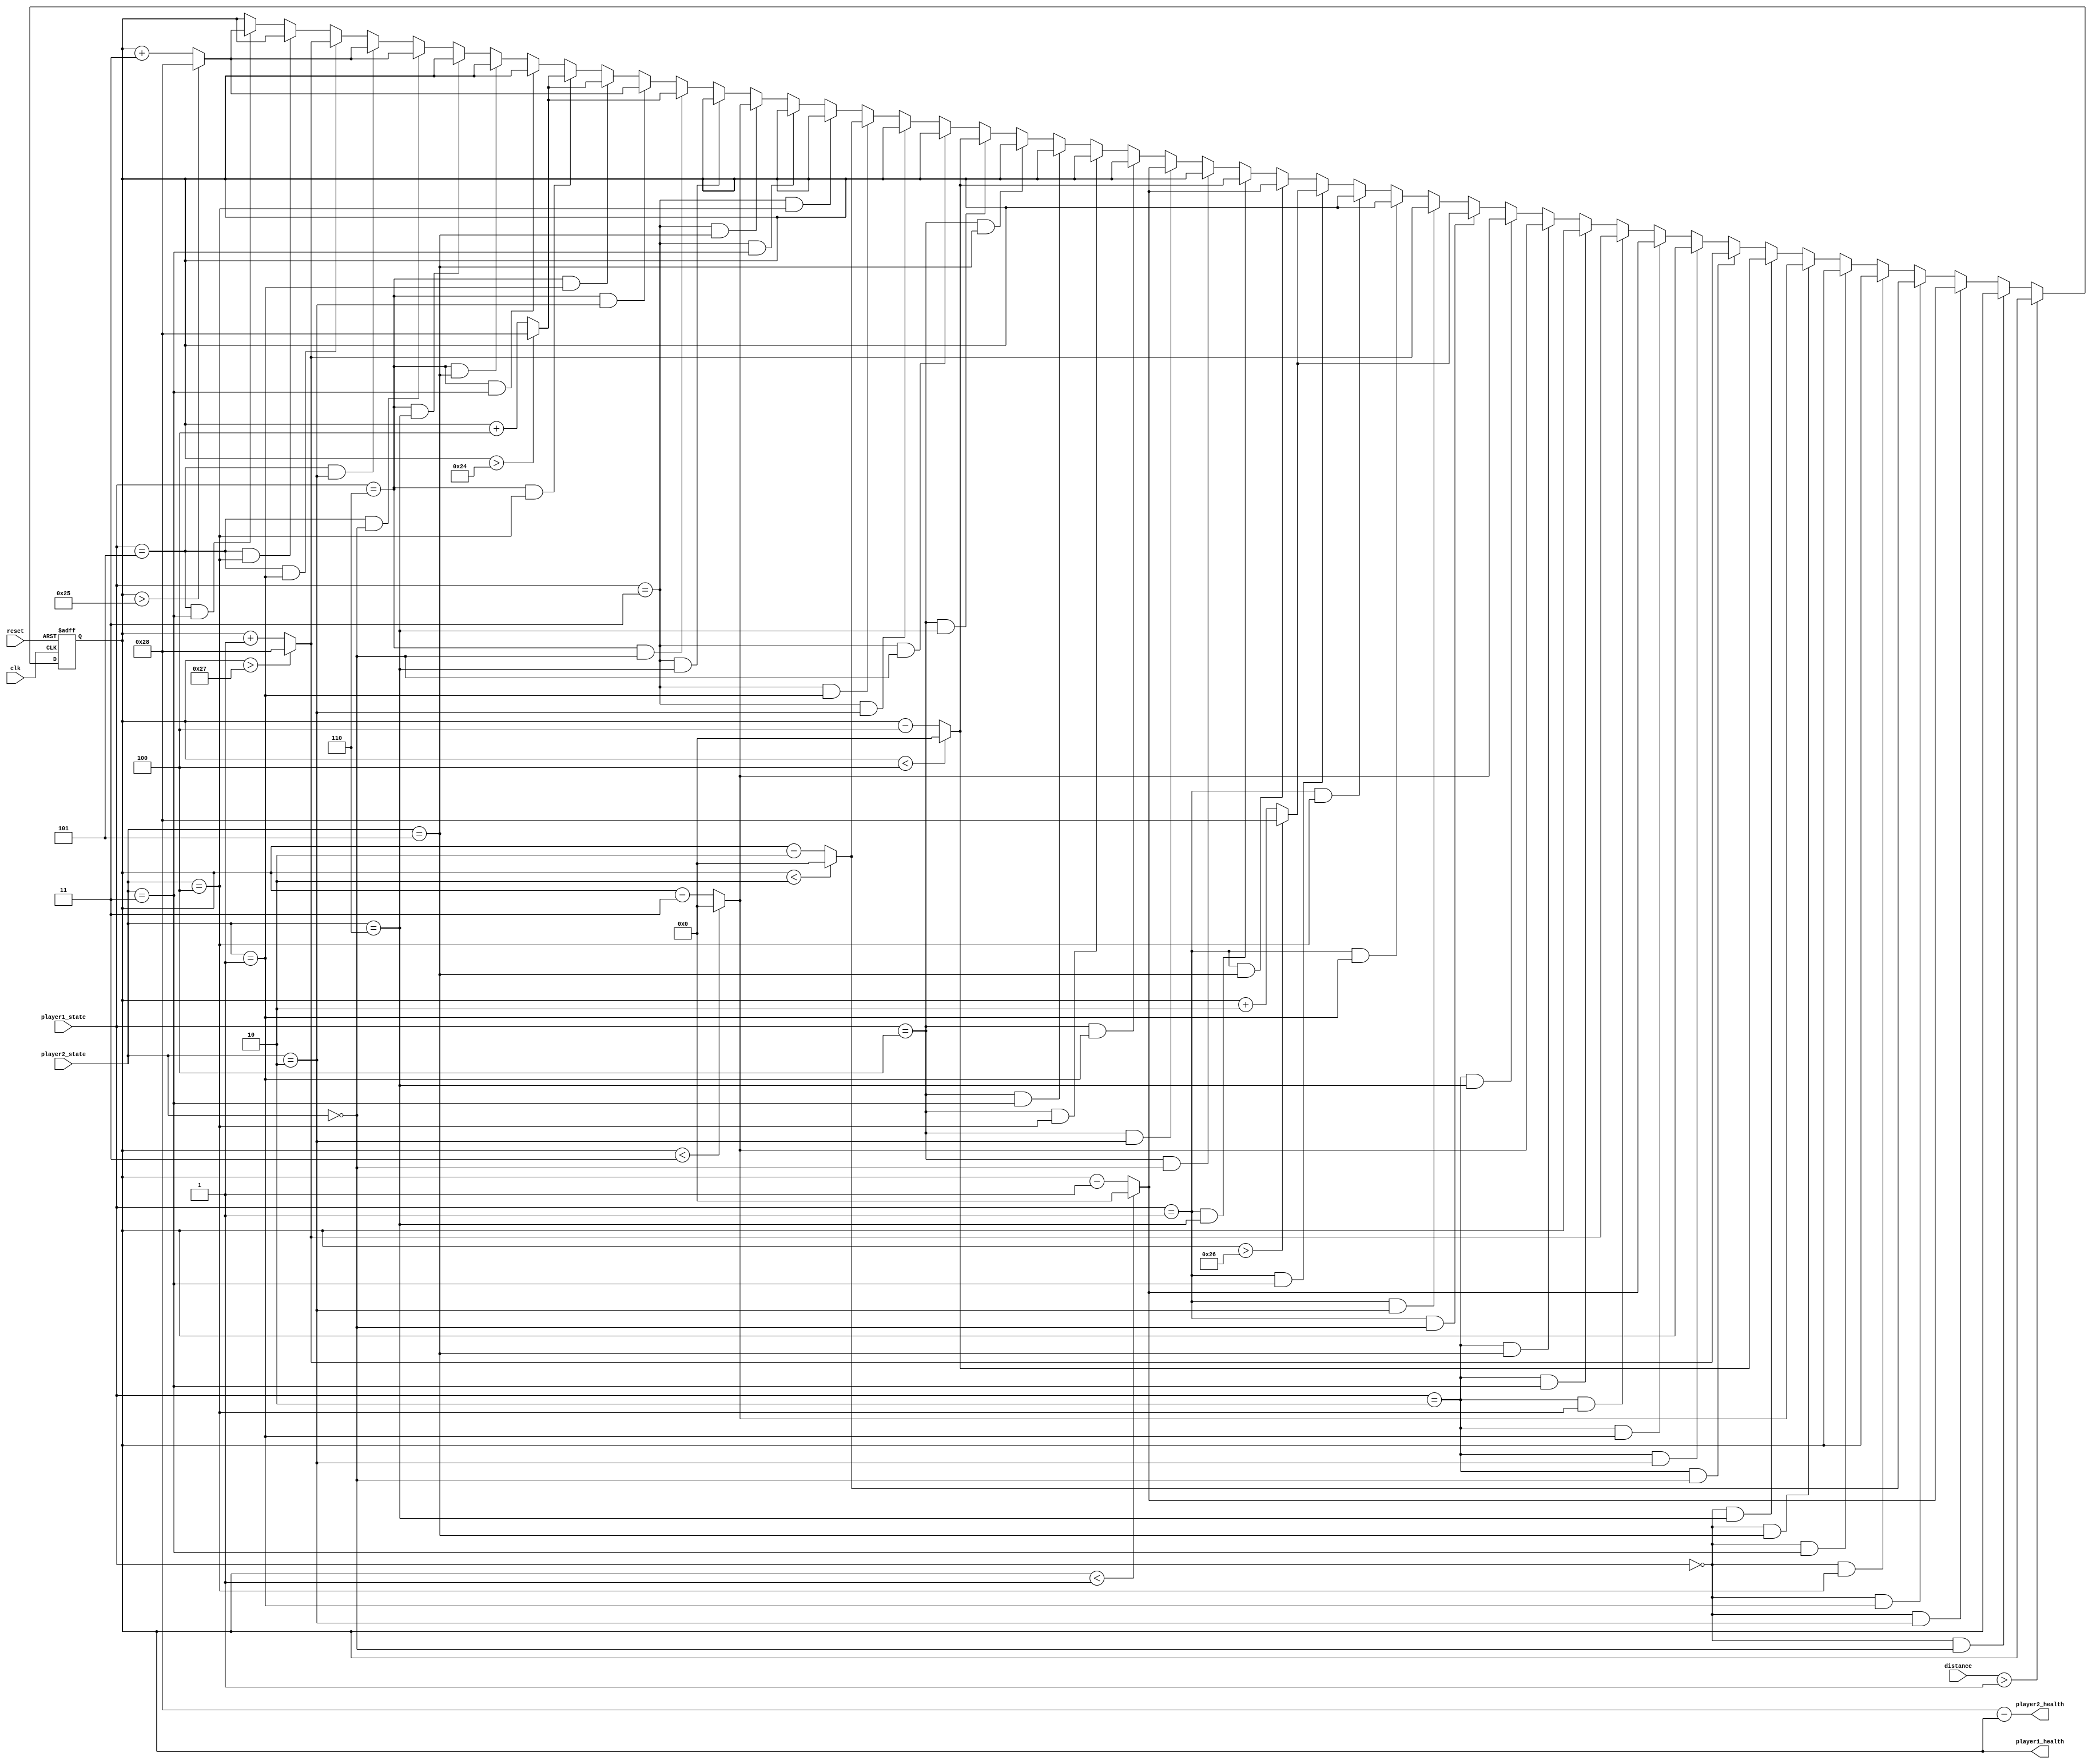
module moves_datapath(clk,reset,distance,player1_state,player2_state,player1_health,player2_health);
input clk,reset;
input [7:0] distance;
input [2:0] player1_state,player2_state;
output reg [5:0] player1_health=20;//multi-bits
output	  [5:0] player2_health ;//80-player1_health

localparam idle_state= 3'b000, kicking_state = 3'b001, punching_state = 3'b010, crouching_state = 3'b011, jumping_state = 3'b100, sweeping_state = 3'b101, jumpkicking_state=3'b110;

always@(posedge clk, negedge reset)
begin
	if (!reset)
	begin
		player1_health<=20;
	end
	else
	begin
		if (distance>1)//>=1 ?
			player1_health<=player1_health;
			
		else if (player1_state==idle_state && player2_state==idle_state)
			player1_health<=player1_health;
		else if (player1_state==idle_state && player2_state==punching_state)
			player1_health<=(player1_health<1)?0:player1_health-1;
		else if (player1_state==idle_state && player2_state==kicking_state)
			player1_health<=(player1_health<2)?0:player1_health-2;
		else if (player1_state==idle_state && player2_state==jumping_state)
			player1_health<=player1_health;
		else if (player1_state==idle_state && player2_state==crouching_state)
			player1_health<=player1_health;
		else if (player1_state==idle_state && player2_state==sweeping_state)
			player1_health<=(player1_health<3)?0:player1_health-3;
		else if (player1_state==idle_state && player2_state==jumpkicking_state)
			player1_health<=(player1_health<4)?0:player1_health-4;
			
		else if (player1_state==punching_state && player2_state==idle_state)
			player1_health<=(player1_health>39)?40:player1_health+1;
		else if (player1_state==punching_state && player2_state==punching_state)
			player1_health<=player1_health;
		else if (player1_state==punching_state && player2_state==kicking_state)
			player1_health<=(player1_health<1)?0:player1_health-1;
		else if (player1_state==punching_state && player2_state==jumping_state)
			player1_health<=(player1_health>39)?40:player1_health+1;
		else if (player1_state==punching_state && player2_state==crouching_state)
			player1_health<=player1_health;
		else if (player1_state==punching_state && player2_state==sweeping_state)
			player1_health<=(player1_health<3)?0:player1_health-3;
		else if (player1_state==punching_state && player2_state==jumpkicking_state)
			player1_health<=(player1_health<3)?0:player1_health-3;
			
		else if (player1_state==kicking_state && player2_state==idle_state)
			player1_health<=(player1_health>38)?40:player1_health+2;
		else if (player1_state==kicking_state && player2_state==punching_state)
			player1_health<=(player1_health>39)?40:player1_health+1;
		else if (player1_state==kicking_state && player2_state==kicking_state)
			player1_health<=player1_health;
		else if (player1_state==kicking_state && player2_state==jumping_state)
			player1_health<=player1_health;
		else if (player1_state==kicking_state && player2_state==crouching_state)
			player1_health<=(player1_health>38)?40:player1_health+2;
		else if (player1_state==kicking_state && player2_state==sweeping_state)
			player1_health<=(player1_health<1)?0:player1_health-1;
		else if (player1_state==kicking_state && player2_state==jumpkicking_state)
			player1_health<=(player1_health<4)?0:player1_health-4;
			
		else if (player1_state==jumping_state && player2_state==idle_state)
			player1_health<=player1_health;
		else if (player1_state==jumping_state && player2_state==punching_state)
			player1_health<=(player1_health<1)?0:player1_health-1;
		else if (player1_state==jumping_state && player2_state==kicking_state)
			player1_health<=player1_health;
		else if (player1_state==jumping_state && player2_state==jumping_state)
			player1_health<=player1_health;
		else if (player1_state==jumping_state && player2_state==crouching_state)
			player1_health<=player1_health;
		else if (player1_state==jumping_state && player2_state==sweeping_state)
			player1_health<=player1_health;
		else if (player1_state==jumping_state && player2_state==jumpkicking_state)
			player1_health<=(player1_health<4)?0:player1_health-4;
			
		else if (player1_state==crouching_state && player2_state==idle_state)
			player1_health<=player1_health;
		else if (player1_state==crouching_state && player2_state==punching_state)
			player1_health<=player1_health;
		else if (player1_state==crouching_state && player2_state==kicking_state)
			player1_health<=(player1_health<2)?0:player1_health-2;
		else if (player1_state==crouching_state && player2_state==jumping_state)
			player1_health<=player1_health;
		else if (player1_state==crouching_state && player2_state==crouching_state)
			player1_health<=player1_health;
		else if (player1_state==crouching_state && player2_state==sweeping_state)
			player1_health<=(player1_health<3)?0:player1_health-3;
		else if (player1_state==crouching_state && player2_state==jumpkicking_state)
			player1_health<=player1_health;
			
		else if (player1_state==jumpkicking_state && player2_state==idle_state)
			player1_health<=(player1_health>36)?40:player1_health+4;
		else if (player1_state==jumpkicking_state && player2_state==punching_state)
			player1_health<=(player1_health>37)?40:player1_health+3;
		else if (player1_state==jumpkicking_state && player2_state==kicking_state)
			player1_health<=(player1_health>36)?40:player1_health+4;
		else if (player1_state==jumpkicking_state && player2_state==jumping_state)
			player1_health<=(player1_health>36)?40:player1_health+4;
		else if (player1_state==jumpkicking_state && player2_state==crouching_state)
			player1_health<=player1_health;
		else if (player1_state==jumpkicking_state && player2_state==sweeping_state)
			player1_health<=player1_health;
		else if (player1_state==jumpkicking_state && player2_state==jumpkicking_state)
			player1_health<=player1_health;
		
		else if (player1_state==sweeping_state && player2_state==idle_state)
			player1_health<=(player1_health>37)?40:player1_health+3;
		else if (player1_state==sweeping_state && player2_state==punching_state)
			player1_health<=(player1_health>37)?40:player1_health+3;
		else if (player1_state==sweeping_state && player2_state==kicking_state)
			player1_health<=(player1_health>39)?40:player1_health+1;
		else if (player1_state==sweeping_state && player2_state==jumping_state)
			player1_health<=player1_health;
		else if (player1_state==sweeping_state && player2_state==crouching_state)
			player1_health<=(player1_health>37)?40:player1_health+3;
		else if (player1_state==sweeping_state && player2_state==sweeping_state)
			player1_health<=player1_health;
		else if (player1_state==sweeping_state && player2_state==jumpkicking_state)
			player1_health<=player1_health;
		
		else
			player1_health<=player1_health;
	end
end

assign player2_health=7'd40-player1_health;
endmodule